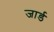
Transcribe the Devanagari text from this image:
जार्ड